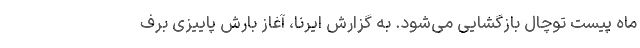
ماه پیست توچال بازگشایی می‌شود. به گزارش ایرنا، آغاز بارش پاییزی برف